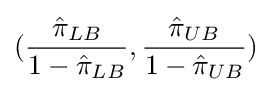
({\frac {{\hat {\pi }}_{LB}}{1-{\hat {\pi }}_{LB}}},{\frac {{\hat {\pi }}_{UB}}{1-{\hat {\pi }}_{UB}}})